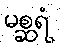
မစ္ဆရံ